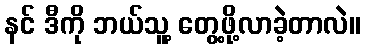
နင် ဒီကို ဘယ်သူ့ တွေ့ဖို့လာခဲ့တာလဲ။